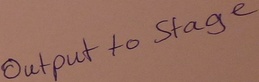
Text: Output to Stage